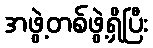
အဖွဲ့တစ်ဖွဲ့ရှိပြီး